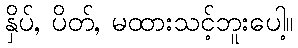
နှိပ်, ပိတ်, မထားသင့်ဘူးပေါ့။